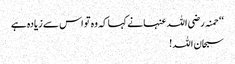
‘‘ حمنہ رضی اللہ عنہا نے کہا کہ وہ تو اس سے زیادہ ہے
سبحان اللہ !